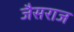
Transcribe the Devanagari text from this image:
जैसराज